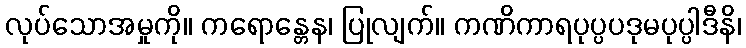
လုပ်သောအမှုကို။ ကရောန္တေန၊ ပြုလျက်။ ကဏိကာရပုပ္ပပဒုမပုပ္ပါဒီနိ၊